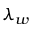
\lambda _ { w }